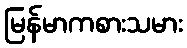
မြန်မာကစားသမား